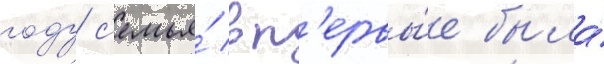
году с'емья́ вп'ервы́е была́